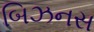
બિઝનસ